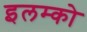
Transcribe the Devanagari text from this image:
इलम्को